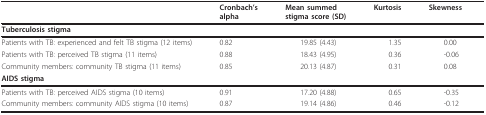
<table><thead><tr><td></td><td><b>Cronbach&#x27;salpha</b></td><td><b> Mean summedstigma score (SD)</b></td><td><b> Kurtosis</b></td><td><b> Skewness</b></td></tr></thead><tbody><tr><td><b>Tuberculosis stigma</b></td><td></td><td></td><td></td><td></td></tr><tr><td>Patients with TB: experienced and felt TB stigma (12 items)</td><td>0.82</td><td> 19.85 (4.43)</td><td> 1.35</td><td> 0.00</td></tr><tr><td>Patients with TB: perceived TB stigma (11 items)</td><td>0.88</td><td> 18.43 (4.95)</td><td> 0.36</td><td> -0.06</td></tr><tr><td>Community members: community TB stigma (11 items)</td><td>0.85</td><td> 20.13 (4.87)</td><td> 0.31</td><td> 0.08</td></tr><tr><td><b>AIDS stigma</b></td><td></td><td></td><td></td><td></td></tr><tr><td>Patients with TB: perceived AIDS stigma (10 items)</td><td>0.91</td><td> 17.20 (4.88)</td><td> 0.65</td><td> -0.35</td></tr><tr><td>Community members: community AIDS stigma (10 items)</td><td>0.87</td><td> 19.14 (4.86)</td><td> 0.46</td><td> -0.12</td></tr></tbody></table>